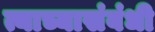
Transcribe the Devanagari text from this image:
त्याच्यासंबंधी